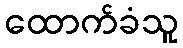
ထောက်ခံသူ